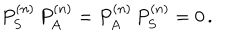
P _ { S } ^ { ( n ) } \, P _ { A } ^ { ( n ) } = P _ { A } ^ { ( n ) } \, P _ { S } ^ { ( n ) } = 0 \, .